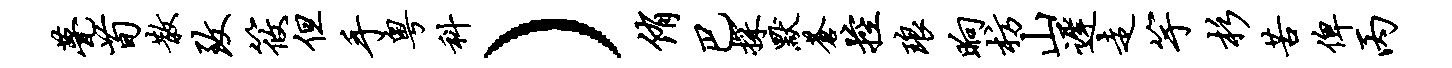
甍荀散致筱但手粤科）侑巴探默苍控琅晌枋山迟走竽杉苦俾丙